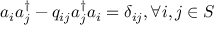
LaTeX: a _ { i } a _ { j } ^ { \dagger } - q _ { i j } a _ { j } ^ { \dagger } a _ { i } = \delta _ { i j } , \forall i , j \in S